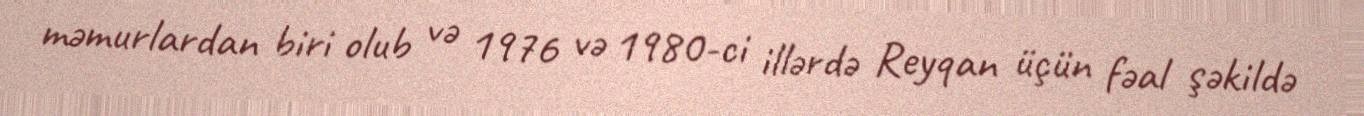
məmurlardan biri olub və 1976 və 1980-ci illərdə Reyqan üçün fəal şəkildə